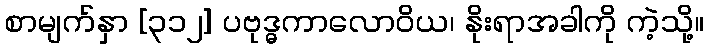
စာမျက်နှာ [၃၁၂] ပဗုဒ္ဓကာလောဝိယ၊ နိုးရာအခါကို ကဲ့သို့။